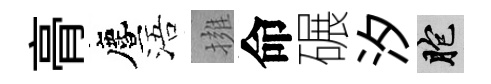
𮌔󵨌浯擁命碾汐胞